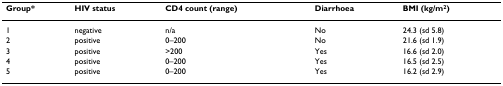
<table><thead><tr><td><b>Group*</b></td><td><b>HIV status</b></td><td><b>CD4 count (range)</b></td><td><b>Diarrhoea</b></td><td><b>BMI (kg/m<sup>2</sup>)</b></td></tr></thead><tbody><tr><td>1</td><td>negative</td><td>n/a</td><td>No</td><td>24.3 (sd 5.8)</td></tr><tr><td>2</td><td>positive</td><td>0–200</td><td>No</td><td>21.6 (sd 1.9)</td></tr><tr><td>3</td><td>positive</td><td>&gt;200</td><td>Yes</td><td>16.6 (sd 2.0)</td></tr><tr><td>4</td><td>positive</td><td>0–200</td><td>Yes</td><td>16.5 (sd 2.5)</td></tr><tr><td>5</td><td>positive</td><td>0–200</td><td>Yes</td><td>16.2 (sd 2.9)</td></tr></tbody></table>